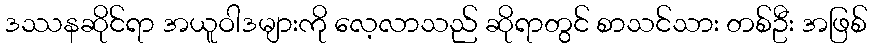
ဒဿနဆိုင်ရာ အယူဝါဒများကို လေ့လာသည် ဆိုရာတွင် စာသင်သား တစ်ဦး အဖြစ်